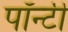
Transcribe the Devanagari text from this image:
पॉन्टी